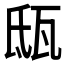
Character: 𤬵